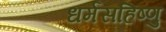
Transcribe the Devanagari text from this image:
धर्मसहिष्णु